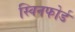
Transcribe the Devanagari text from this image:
स्विनफोर्ड